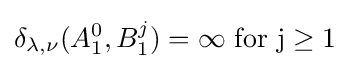
\delta _{\lambda ,\nu }(A_{1}^{0},B_{1}^{j})=\infty \ {\rm {{for\ }j\geq 1}}